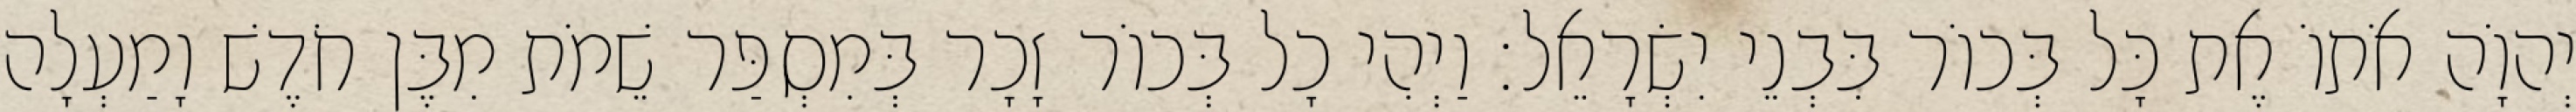
יְהוָֹה אֹתוֹ אֶת כָּל בְּכוֹר בִּבְנֵי יִשְׂרָאֵל׃ וַיְהִי כָל בְּכוֹר זָכָר בְּמִסְפַּר שֵׁמֹת מִבֶּן חֹדֶשׁ וָמַעְלָה